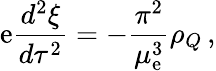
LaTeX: \mathrm{e}\frac{{d^{2}\xi}}{{d\tau^{2}}}=-\frac{{\pi^{2}}}{{\mu_{\mathrm{e}}^{3}}}\rho_{Q}\, ,